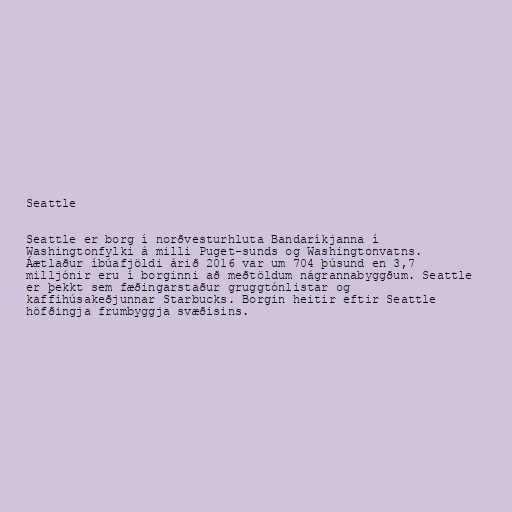
Seattle

Seattle er borg í norðvesturhluta Bandaríkjanna í
Washingtonfylki á milli Puget-sunds og Washingtonvatns.
Áætlaður íbúafjöldi árið 2016 var um 704 þúsund en 3,7
milljónir eru í borginni að meðtöldum nágrannabyggðum. Seattle
er þekkt sem fæðingarstaður gruggtónlistar og
kaffihúsakeðjunnar Starbucks. Borgin heitir eftir Seattle
höfðingja frumbyggja svæðisins.